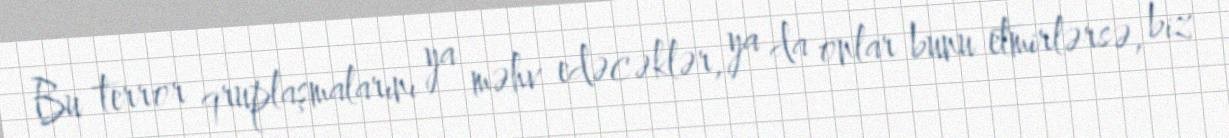
Bu terror qruplaşmalarını ya məhv edəcəklər, ya da onlar bunu etmirlərsə, biz